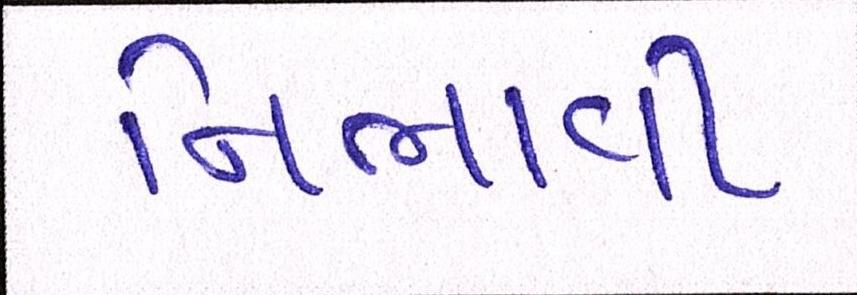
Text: નિભાવી